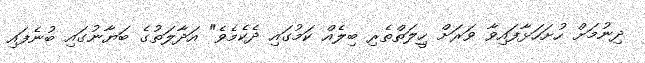
ދިނުމަށް ހުށަހަޅާފައިވާ ވަރަށް ހިީލަތްތެރި ބިލެއް ކަމުގައި ދެކެމެވެ" އަދާލަތުގެ ބަޔާނުގައި ބުނެފައި